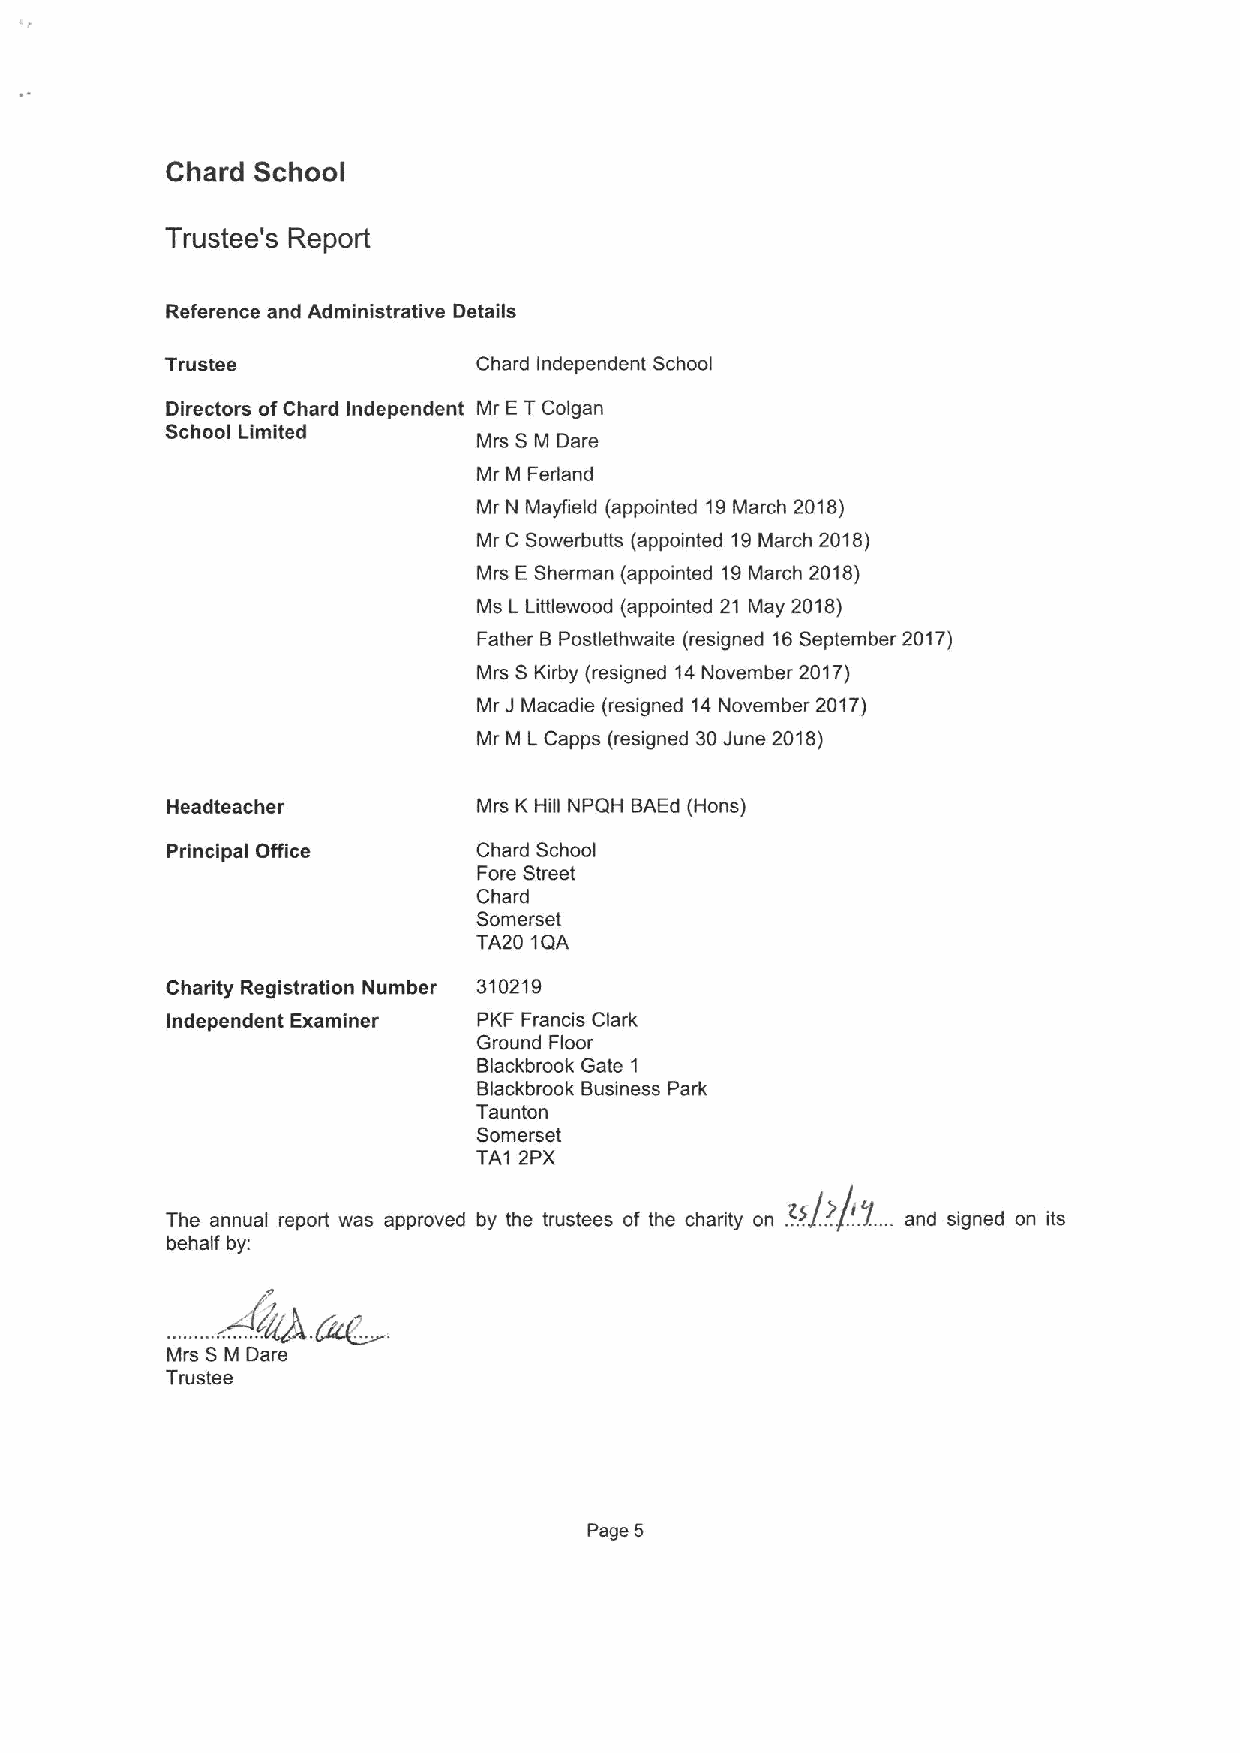
Chard School
 Trustee's Report
 Reference and Administrative Details
 Trustee              Chard Independent School
 Directors ofChard Independent Mr ETColgan
 School Limited       Mrs S M Dare
 Mr M Ferland
 Mr N Maylield (appointed 19March 2018)
 Mr C Sowerbutts (appointed 19March 2018)
 Mrs ESherman (appointed 19March 2018)
 Ms L Littlewood (appointed 21 May 2018)
 Father BPostlethwaite (resigned 16September 2017)
 Mrs S Kirby (resigned 14November 2017)
 Mr JMacadie (resigned 14November 2017)
 Mr M LCapps (resigned 30June 2018)
 Headteacher          Mrs K Hill NPQH BAEd (Hons)
 Principal Office     Chard School
 Fore Street
 Chard
 Somerset
 TA20 1QA
 Charity Registration Number 310219
 Independent Examiner PKF Francis Clark
 Ground Floor
 Blackbrook Gate 1
 Blackbrook Business Park
 Taunton
 Somerset
 TA1 2PX
 .
 t.
 Th    t  prt   pp  dbyth t t   ith h itr
 QJ,./,
 d*ig d
 behalf by:
 Mrs SM Dare
 Trustee
 Page 5